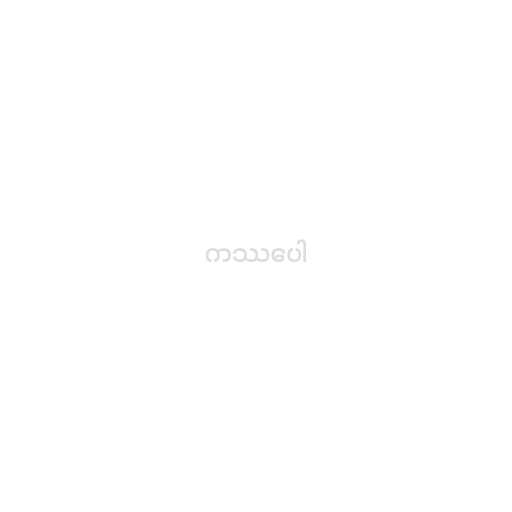
ကဿပေါ